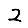
Digit: 2